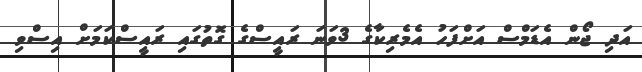
އަދި ޖޯން އެޑަމްސް އަށްފަހު އެމެރިކާގެ 3ވަނަ ރައީސްގެ ގޮތުގައި ރައީސްކަމަށް އިސްވި